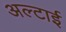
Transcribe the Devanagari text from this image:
अल्टाई